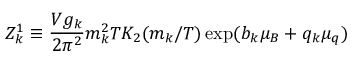
Z _ { k } ^ { 1 } \equiv { \frac { V g _ { k } } { 2 \pi ^ { 2 } } } m _ { k } ^ { 2 } T K _ { 2 } ( m _ { k } / T ) \exp ( b _ { k } \mu _ { B } + q _ { k } \mu _ { q } )